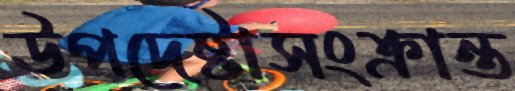
উপদেষ্টাসংক্রান্ত